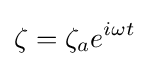
\zeta =\zeta _{a}e^{i\omega t}